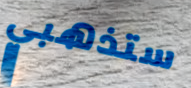
ستذهبي